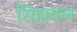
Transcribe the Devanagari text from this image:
सिहावल